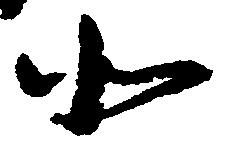
北